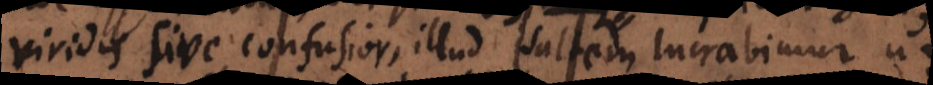
viridis sive confusior, illud saltem lucrabimur, ut